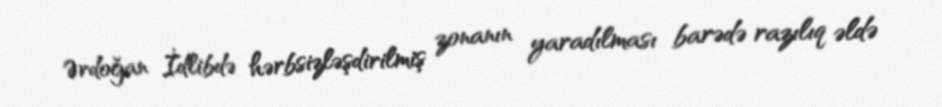
Ərdoğan İdlibdə hərbsizləşdirilmiş zonanın yaradılması barədə razılıq əldə